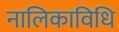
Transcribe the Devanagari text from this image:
नालिकाविधि